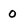
Character: 0